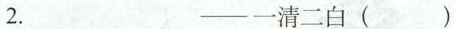
2. ___— 一清二白（）